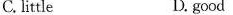
C.little D. good